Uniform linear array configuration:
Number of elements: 64
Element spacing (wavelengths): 0.75
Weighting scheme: hamming
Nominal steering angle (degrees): -60
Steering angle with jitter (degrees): -61.018
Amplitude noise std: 0.05
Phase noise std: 0.05

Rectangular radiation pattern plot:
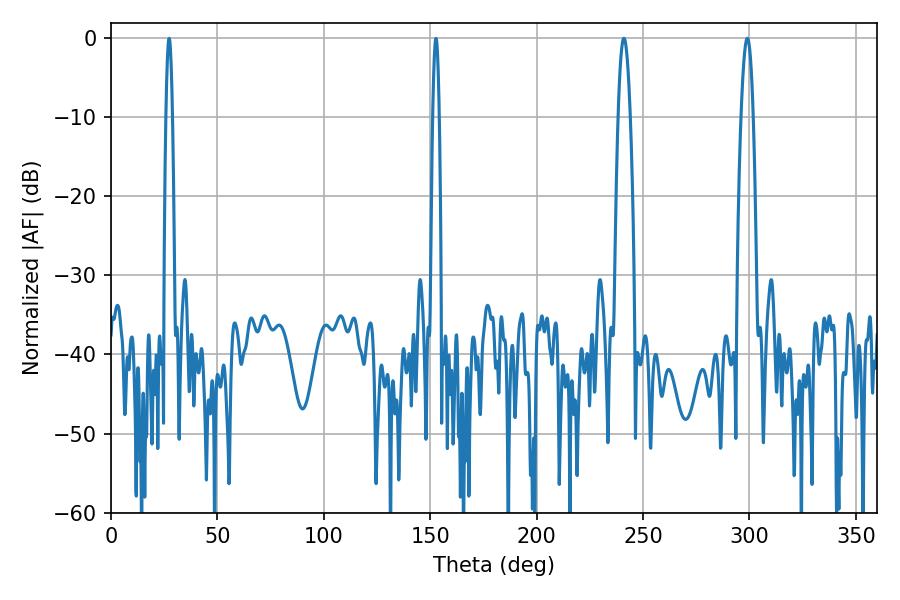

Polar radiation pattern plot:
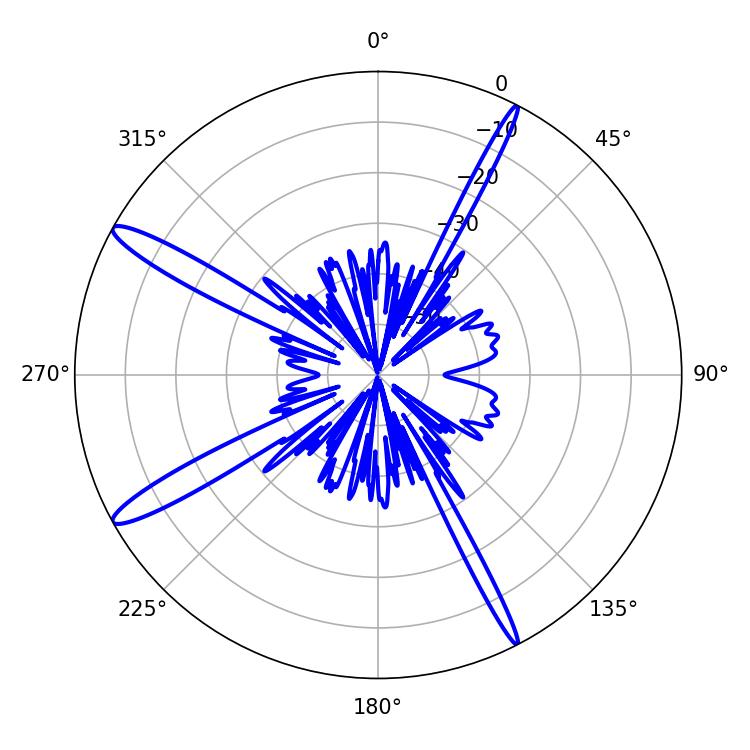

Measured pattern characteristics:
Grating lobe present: TRUE
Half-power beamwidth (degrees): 3.06
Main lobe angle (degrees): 241.02